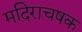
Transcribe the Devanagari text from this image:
मदिराचषक